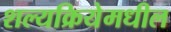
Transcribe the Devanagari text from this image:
शल्यक्रियेमधील